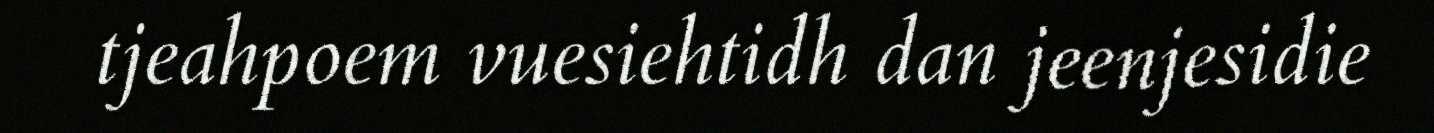
tjeahpoem vuesiehtidh dan jeenjesidie